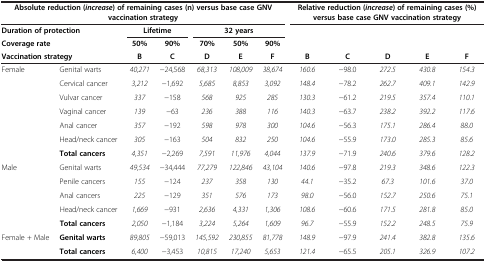
<table><thead><tr><td colspan="7"><b>Absolute reduction (<i>increase</i>) of remaining cases (n) versus base case GNV vaccination strategy</b></td><td colspan="5"><b>Relative reduction (<i>increase</i>) of remaining cases (%) versus base case GNV vaccination strategy</b></td></tr><tr><td colspan="2"><b>Duration of protection</b></td><td colspan="2"><b>Lifetime</b></td><td colspan="3"><b>32 years</b></td><td><b> </b></td><td><b> </b></td><td><b> </b></td><td><b> </b></td><td><b> </b></td></tr><tr><td colspan="2"><b>Coverage rate</b></td><td><b>50%</b></td><td><b>90%</b></td><td><b>70%</b></td><td><b>50%</b></td><td><b>90%</b></td><td><b> </b></td><td><b> </b></td><td><b> </b></td><td><b> </b></td><td><b> </b></td></tr><tr><td colspan="2"><b>Vaccination strategy</b></td><td><b>B</b></td><td><b>C</b></td><td><b>D</b></td><td><b>E</b></td><td><b>F</b></td><td><b>B</b></td><td><b>C</b></td><td><b>D</b></td><td><b>E</b></td><td><b>F</b></td></tr></thead><tbody><tr><td>Female</td><td>Genital warts</td><td><i>40,271</i></td><td>−24,568</td><td><i>68,313</i></td><td><i>108,009</i></td><td><i>38,674</i></td><td><i>160.6</i></td><td>−98.0</td><td><i>272.5</i></td><td><i>430.8</i></td><td><i>154.3</i></td></tr><tr><td> </td><td>Cervical cancer</td><td><i>3,212</i></td><td>−1,692</td><td><i>5,685</i></td><td><i>8,853</i></td><td><i>3,092</i></td><td><i>148.4</i></td><td>−78.2</td><td><i>262.7</i></td><td><i>409.1</i></td><td><i>142.9</i></td></tr><tr><td> </td><td>Vulvar cancer</td><td><i>337</i></td><td>−158</td><td><i>568</i></td><td><i>925</i></td><td><i>285</i></td><td><i>130.3</i></td><td>−61.2</td><td><i>219.5</i></td><td><i>357.4</i></td><td><i>110.1</i></td></tr><tr><td> </td><td>Vaginal cancer</td><td><i>139</i></td><td>−63</td><td><i>236</i></td><td><i>388</i></td><td><i>116</i></td><td><i>140.3</i></td><td>−63.7</td><td><i>238.2</i></td><td><i>392.2</i></td><td><i>117.6</i></td></tr><tr><td> </td><td>Anal cancer</td><td><i>357</i></td><td>−192</td><td><i>598</i></td><td><i>978</i></td><td><i>300</i></td><td><i>104.6</i></td><td>−56.3</td><td><i>175.1</i></td><td><i>286.4</i></td><td><i>88.0</i></td></tr><tr><td> </td><td>Head/neck cancer</td><td><i>305</i></td><td>−163</td><td><i>504</i></td><td><i>832</i></td><td><i>250</i></td><td><i>104.6</i></td><td>−55.9</td><td><i>173.0</i></td><td><i>285.3</i></td><td><i>85.6</i></td></tr><tr><td> </td><td><b>Total cancers</b></td><td><i>4,351</i></td><td>−2,269</td><td><i>7,591</i></td><td><i>11,976</i></td><td><i>4,044</i></td><td><i>137.9</i></td><td>−71.9</td><td><i>240.6</i></td><td><i>379.6</i></td><td><i>128.2</i></td></tr><tr><td>Male</td><td>Genital warts</td><td><i>49,534</i></td><td>−34,444</td><td><i>77,279</i></td><td><i>122,846</i></td><td><i>43,104</i></td><td><i>140.6</i></td><td>−97.8</td><td><i>219.3</i></td><td><i>348.6</i></td><td><i>122.3</i></td></tr><tr><td> </td><td>Penile cancers</td><td><i>155</i></td><td>−124</td><td><i>237</i></td><td><i>358</i></td><td><i>130</i></td><td><i>44.1</i></td><td>−35.2</td><td><i>67.3</i></td><td><i>101.6</i></td><td><i>37.0</i></td></tr><tr><td> </td><td>Anal cancers</td><td><i>225</i></td><td>−129</td><td><i>351</i></td><td><i>576</i></td><td><i>173</i></td><td><i>98.0</i></td><td>−56.0</td><td><i>152.7</i></td><td><i>250.6</i></td><td><i>75.1</i></td></tr><tr><td> </td><td>Head/neck cancer</td><td><i>1,669</i></td><td>−931</td><td><i>2,636</i></td><td><i>4,331</i></td><td><i>1,306</i></td><td><i>108.6</i></td><td>−60.6</td><td><i>171.5</i></td><td><i>281.8</i></td><td><i>85.0</i></td></tr><tr><td> </td><td><b>Total cancers</b></td><td><i>2,050</i></td><td>−1,184</td><td><i>3,224</i></td><td><i>5,264</i></td><td><i>1,609</i></td><td><i>96.7</i></td><td>−55.9</td><td><i>152.2</i></td><td><i>248.5</i></td><td><i>75.9</i></td></tr><tr><td rowspan="2">Female + Male</td><td><b>Genital warts</b></td><td><i>89,805</i></td><td>−59,013</td><td><i>145,592</i></td><td><i>230,855</i></td><td><i>81,778</i></td><td><i>148.9</i></td><td>−97.9</td><td><i>241.4</i></td><td><i>382.8</i></td><td><i>135.6</i></td></tr><tr><td><b>Total cancers</b></td><td><i>6,400</i></td><td>−3,453</td><td><i>10,815</i></td><td><i>17,240</i></td><td><i>5,653</i></td><td><i>121.4</i></td><td>−65.5</td><td><i>205.1</i></td><td><i>326.9</i></td><td><i>107.2</i></td></tr></tbody></table>